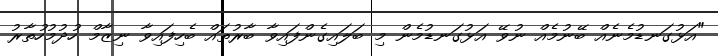
"އަޅުގަނޑުމެނެއް ބޭނުމެއް ނުވޭ އަޅުގަނޑުމެން މި ބަލައިގެންފައިވާ ބާރުތައް ބެހިފައިވާ ނިޒާމް ހުދުމުހުތާރު